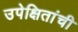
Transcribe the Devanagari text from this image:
उपेक्षितांची